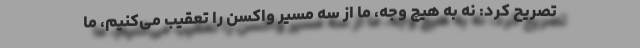
تصریح کرد: نه به هیچ وجه، ما از سه مسیر واکسن را تعقیب می‌کنیم، ما